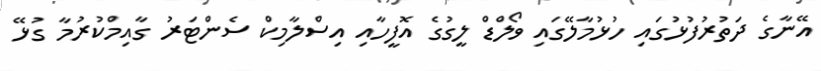
އޭނާގެ ދަތުރުފުޅުގައި ހުޅުމާލޭގައި ވޯލްޑް ލީގުގެ އޮފީހާއި އިސްލާމިކް ސެންޓަރު ގާއިމްކުރުމާ ގުޅޭ